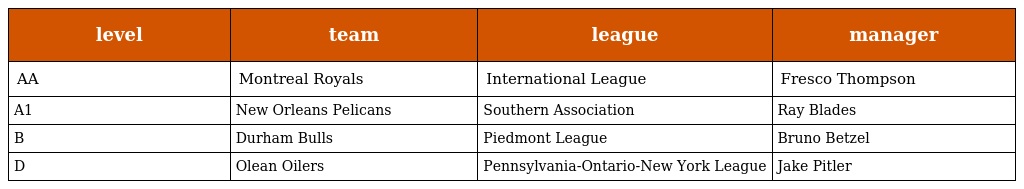
| level | team | league | manager |
 | --- | --- | --- | --- |
 | AA | Montreal Royals | International League | Fresco Thompson |
 | A1 | New Orleans Pelicans | Southern Association | Ray Blades |
 | B | Durham Bulls | Piedmont League | Bruno Betzel |
 | D | Olean Oilers | Pennsylvania-Ontario-New York League | Jake Pitler |